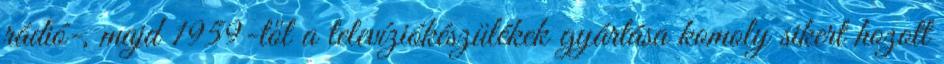
rádió-, majd 1959-től a televíziókészülékek gyártása komoly sikert hozott